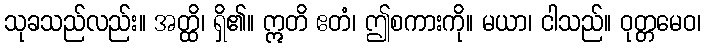
သုခသည်လည်း။ အတ္ထိ၊ ရှိ၏။ ဣတိ ဧတံ၊ ဤစကားကို။ မယာ၊ ငါသည်။ ဝုတ္တမေဝ၊